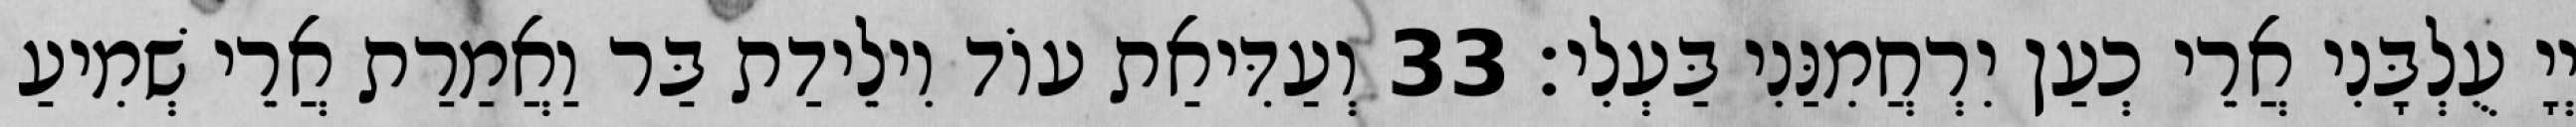
יְיָ עֻלְבָּנִי אֲרֵי כְעַן יִרְחֲמִנַּנִי בַּעְלִי׃ 33 וְעַדִּיאַת עוֹד וִילֵידַת בַּר וַאֲמַרַת אֲרֵי שְׁמִיעַ